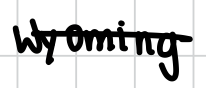
Text: Wyoming
Cross-out: single-line
Writing tool: digital_black